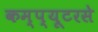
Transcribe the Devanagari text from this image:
कम्प्यूटरसे